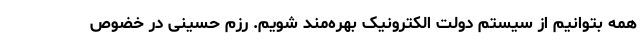
همه بتوانیم از سیستم دولت الکترونیک بهره‌مند شویم. رزم حسینی در خضوص